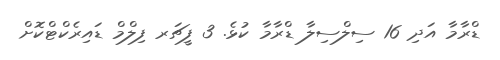
ޑްރާމާ އަދި 16 ސިލްސިލާ ޑްރާމާ ކުޅެ. 3 ފީޗަރ ފިލްމް ޑައިރެކްޓްކޮށް